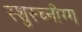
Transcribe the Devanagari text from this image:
स्शुस्च्नीग्ग